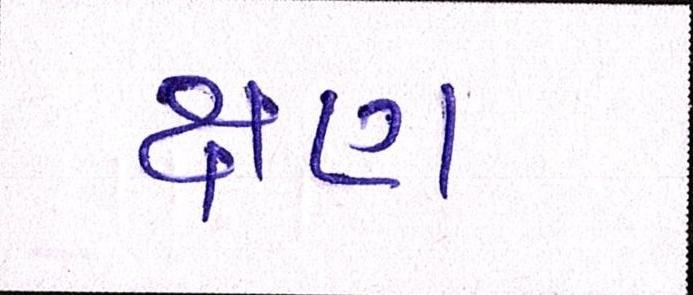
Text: ક્ષણ